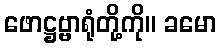
ဖောဋ္ဌဗ္ဗာရုံတို့ကို။ ခမော